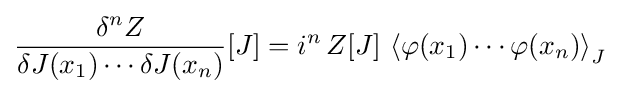
{\frac {\delta ^{n}Z}{\delta J(x_{1})\cdots \delta J(x_{n})}}[J]=i^{n}\,Z[J]\,\left\langle \varphi (x_{1})\cdots \varphi (x_{n})\right\rangle _{J}